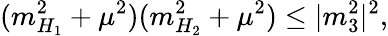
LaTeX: (m_{H_{1}}^{2}+\mu^{2})(m_{H_{2}}^{2}+\mu^{2})\leq|m_{3}^{2}|^{2},